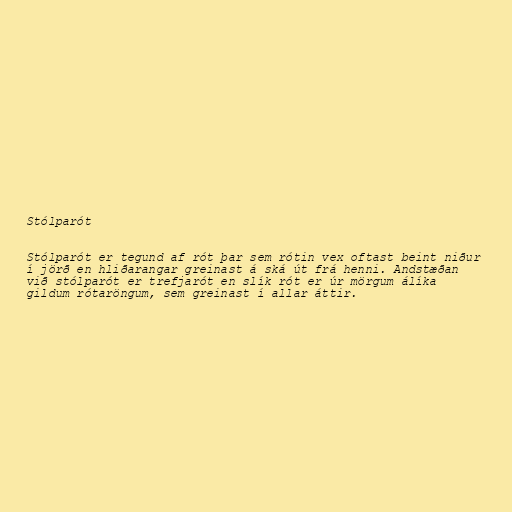
Stólparót

Stólparót er tegund af rót þar sem rótin vex oftast beint niður
í jörð en hliðarangar greinast á ská út frá henni. Andstæðan
við stólparót er trefjarót en slík rót er úr mörgum álíka
gildum rótaröngum, sem greinast í allar áttir.